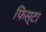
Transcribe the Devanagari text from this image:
फिस्टा